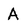
Character: A